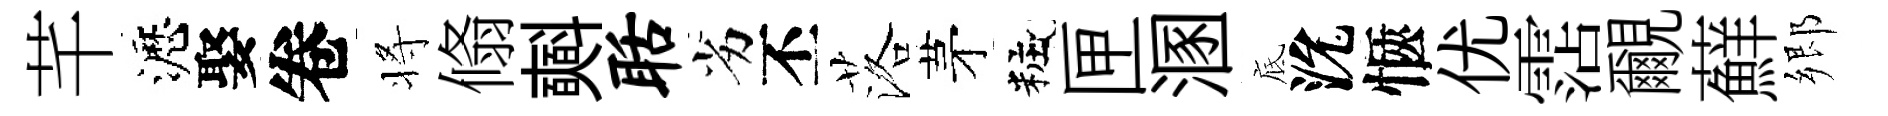
芊瀝娶卷将翛𣂏聒劣丕落茅粧匣溷底沇愜优霑覼蘚郷